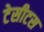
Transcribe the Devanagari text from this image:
टेसीटस